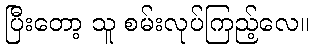
ပြီးတော့ သူ စမ်းလုပ်ကြည့်လေ။